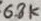
Text: 6.8k